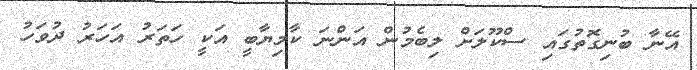
އޭނާ ބުނިގޮތުގައި ސްކޫލަށް ލިބެމުން އަަންނަ ކާމިޔާބީ އަކީ ހަތަރު އަހަރު ދުވަހު